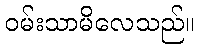
ဝမ်းသာမိလေသည်။